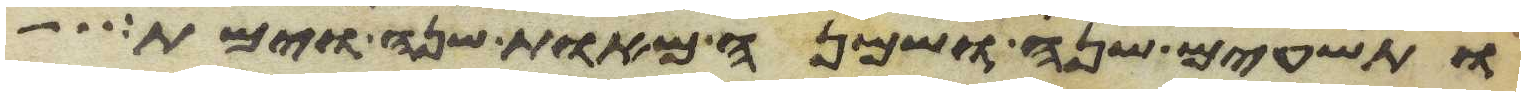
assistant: ותשעים שנה ושמנה מאות שנה וימת